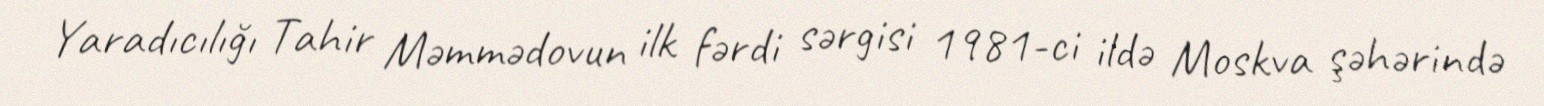
Yaradıcılığı Tahir Məmmədovun ilk fərdi sərgisi 1981-ci ildə Moskva şəhərində